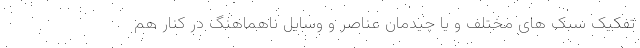
تفکیک سبک های مختلف و یا چیدمان عناصر و وسایل ناهماهنگ در کنار هم